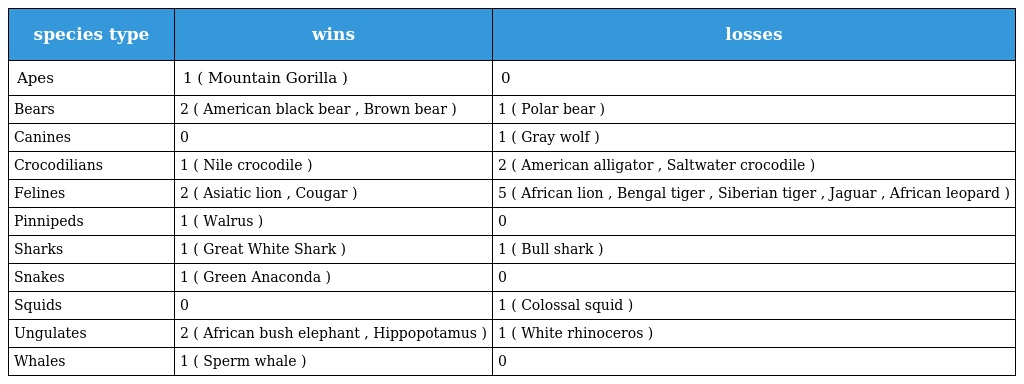
| species type | wins | losses |
 | --- | --- | --- |
 | Apes | 1 ( Mountain Gorilla ) | 0 |
 | Bears | 2 ( American black bear , Brown bear ) | 1 ( Polar bear ) |
 | Canines | 0 | 1 ( Gray wolf ) |
 | Crocodilians | 1 ( Nile crocodile ) | 2 ( American alligator , Saltwater crocodile ) |
 | Felines | 2 ( Asiatic lion , Cougar ) | 5 ( African lion , Bengal tiger , Siberian tiger , Jaguar , African leopard ) |
 | Pinnipeds | 1 ( Walrus ) | 0 |
 | Sharks | 1 ( Great White Shark ) | 1 ( Bull shark ) |
 | Snakes | 1 ( Green Anaconda ) | 0 |
 | Squids | 0 | 1 ( Colossal squid ) |
 | Ungulates | 2 ( African bush elephant , Hippopotamus ) | 1 ( White rhinoceros ) |
 | Whales | 1 ( Sperm whale ) | 0 |